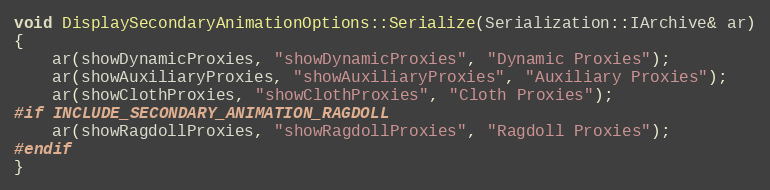
Language: C++
void DisplaySecondaryAnimationOptions::Serialize(Serialization::IArchive& ar)
{
	ar(showDynamicProxies, "showDynamicProxies", "Dynamic Proxies");
	ar(showAuxiliaryProxies, "showAuxiliaryProxies", "Auxiliary Proxies");
	ar(showClothProxies, "showClothProxies", "Cloth Proxies");
#if INCLUDE_SECONDARY_ANIMATION_RAGDOLL
	ar(showRagdollProxies, "showRagdollProxies", "Ragdoll Proxies");
#endif
}